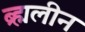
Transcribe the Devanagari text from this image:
ब्र्ह्मलीन